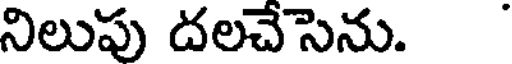
నిలుపు దలచేసెను.